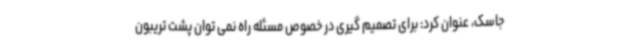
جاسک، عنوان کرد: برای تصمیم گیری در خصوص مسئله راه نمی توان پشت تریبون